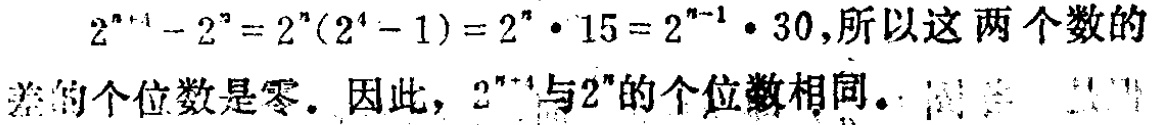
\(2^{n + 4}-2^{n}=2^{n}(2^{4}-1)=2^{n}\cdot15 = 2^{n - 1}\cdot30\)，所以这两个数的差的个位数是零．因此，\(2^{n + 4}\)与\(2^{n}\)的个位数相同。